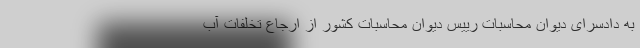
به دادسرای دیوان محاسبات رییس دیوان محاسبات کشور از ارجاع تخلفات آب